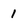
Character: 1